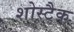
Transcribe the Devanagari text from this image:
शोस्टैक